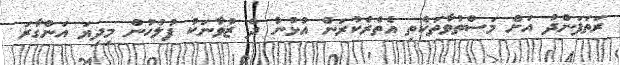
ރަތަފަންދު އަށް މަސްތުވާތަކެތި އެތެރެކުރަން އުޅުނު ދެ ޒުވާނަކު ފުލުހުން މިދިޔަ އަންގާރަ